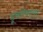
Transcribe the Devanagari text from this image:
डूबनेवाला